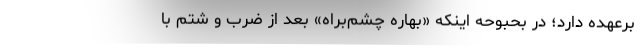
برعهده دارد؛ در بحبوحه اينكه «بهاره چشم‌براه» بعد از ضرب و شتم با